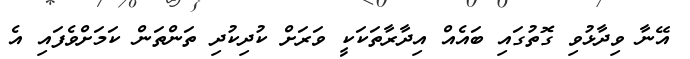
އޭނާ ވިދާޅުވި ގޮތުގައި ބައެއް އިދާރާތަކަކީ ވަރަށް ކުދިކުދި ތަންތަން ކަމަށްވެފައި އެ